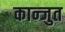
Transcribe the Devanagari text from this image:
कान्जुत